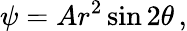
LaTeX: \psi=Ar^{2}\sin 2\theta\, ,